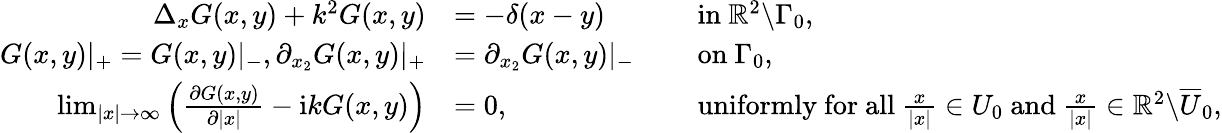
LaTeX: \begin{array}{rlrl}{\Delta_{x}G(x,y)+k^{2}G(x,y)}&{=-\delta(x-y)}&&{\mathrm{~in~}\mathbb{R}^{2}\backslash\Gamma_{0},}\\ {G(x,y)|_{+}=G(x,y)|_{-},\partial_{x_{2}}G(x,y)|_{+}}&{=\partial_{x_{2}}G(x,y)|_{-}}&&{\mathrm{~on~}\Gamma_{0},}\\ {\operatorname*{lim}_{|x|\to\infty}\left(\frac{\partial G(x,y)}{\partial|x|}-\mathrm{i}kG(x,y)\right)}&{=0,}&&{\mathrm{~uniformly~for~all~}\frac{x}{|x|}\in U_{0}\mathrm{~and~}\frac{x}{|x|}\in\mathbb{R}^{2}\backslash\overline{{U}}_{0},}\end{array}